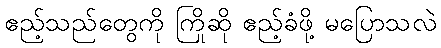
ဧည့်သည်တွေကို ကြိုဆို ဧည့်ခံဖို့ မပြောသလဲ